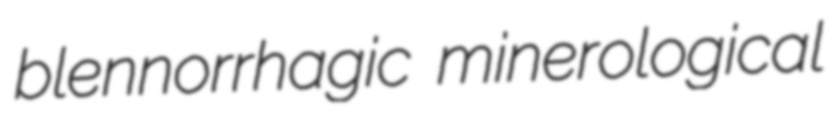
blennorrhagic minerological